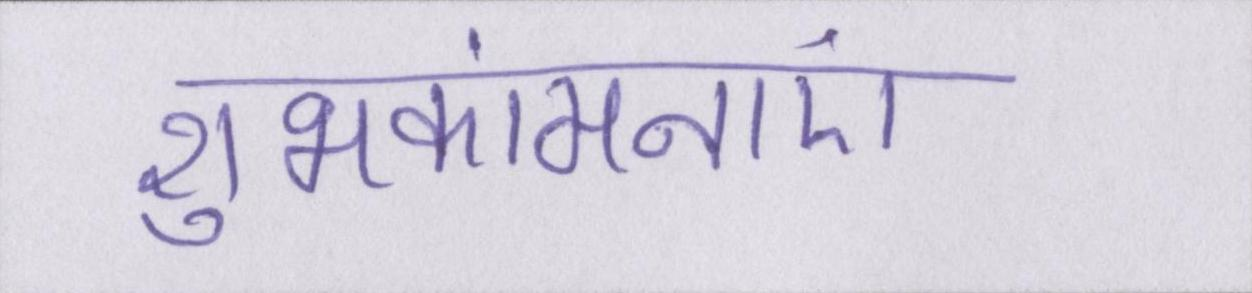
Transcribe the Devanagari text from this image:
शुभकांमनाएं